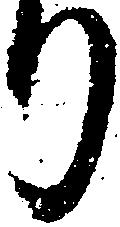
り